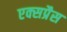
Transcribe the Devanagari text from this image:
एक्‍सप्रैस